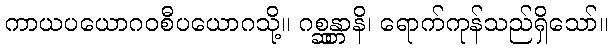
ကာယပယောဂဝစီပယောဂသို့။ ဂစ္ဆန္တာနိ၊ ရောက်ကုန်သည်ရှိသော်။